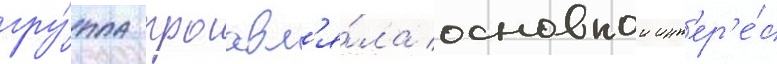
гру́ппа проавл'я́ла основнои инт'ер'е́с